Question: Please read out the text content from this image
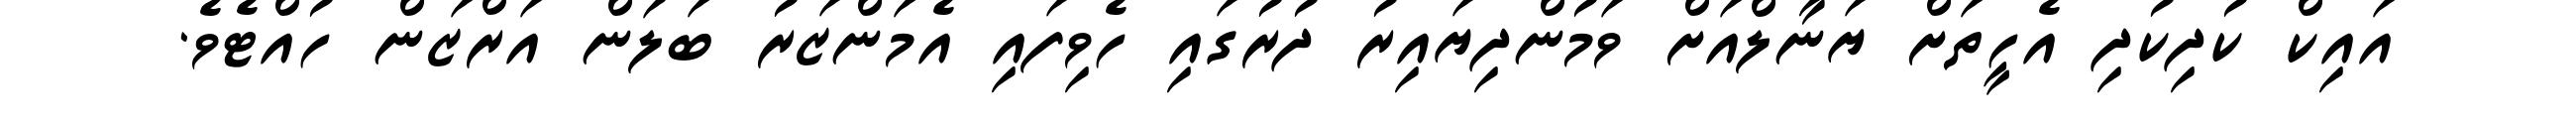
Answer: އައިކް ކުދިކުދި އެހީތަށް ޔަނާލްއަށް ވަމުންދިޔައިރު ދުރުގައި ހެވިފައި އެމަންޒަރު ބަލަން އަރްޒަން ހުއްޓެވެ.